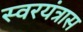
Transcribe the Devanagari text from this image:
स्वरयंत्रास